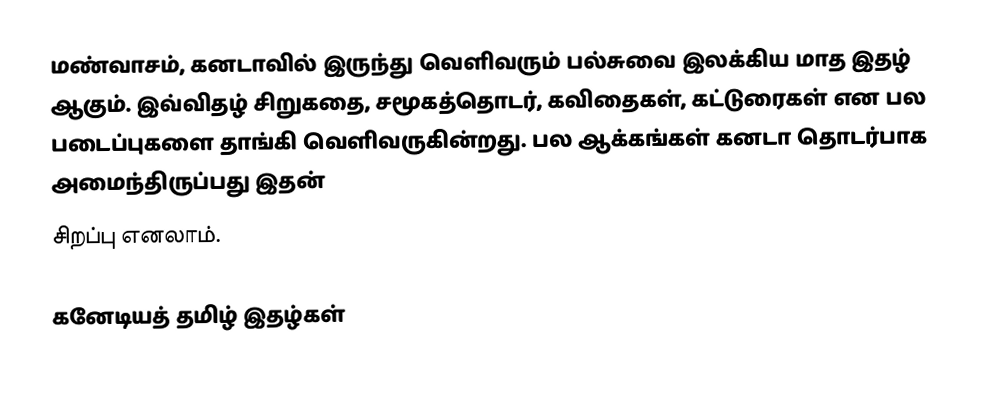
மண்வாசம், கனடாவில் இருந்து வெளிவரும் பல்சுவை இலக்கிய மாத இதழ் ஆகும். இவ்விதழ் சிறுகதை, சமூகத்தொடர், கவிதைகள், கட்டுரைகள் என பல படைப்புகளை தாங்கி வெளிவருகின்றது. பல ஆக்கங்கள் கனடா தொடர்பாக அமைந்திருப்பது இதன்
சிறப்பு எனலாம்.

கனேடியத் தமிழ் இதழ்கள்